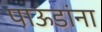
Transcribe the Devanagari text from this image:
पाऊंडांना